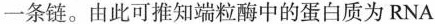
一条链。由此可推知端粒酶中的蛋白质为RNA